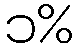
၁%